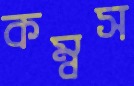
কম্বস